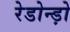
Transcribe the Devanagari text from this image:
रेडोन्ड़ो